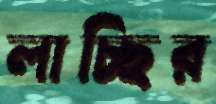
লাচ্ছির